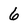
Character: 6